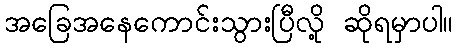
အခြေအနေကောင်းသွားပြီလို့ ဆိုရမှာပါ။